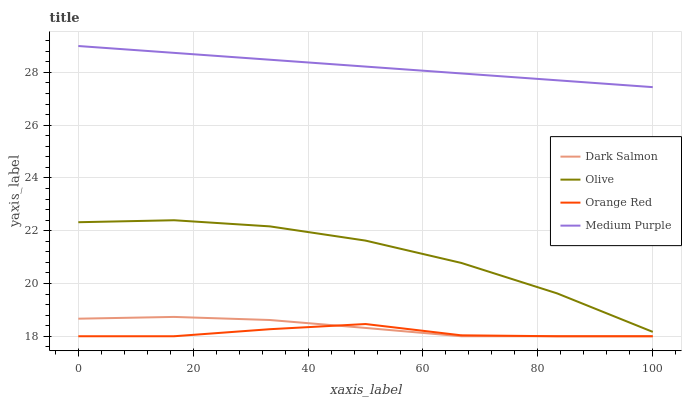
| xaxis_label | Dark Salmon | Olive | Orange Red | Medium Purple |
 | --- | --- | --- | --- | --- |
 | 0 | 18.7 | 22.3 | 18 | 29 |
 | 16.7 | 18.7 | 22.4 | 18 | 28.7 |
 | 33.3 | 18.6 | 22.2 | 18.3 | 28.5 |
 | 50 | 18.3 | 21.6 | 18.5 | 28.2 |
 | 66.7 | 18 | 20.8 | 18 | 28 |
 | 83.3 | 18 | 19.6 | 18 | 27.7 |
 | 100 | 18 | 18.2 | 18 | 27.4 |